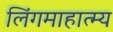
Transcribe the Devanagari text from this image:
लिंगमाहात्म्य